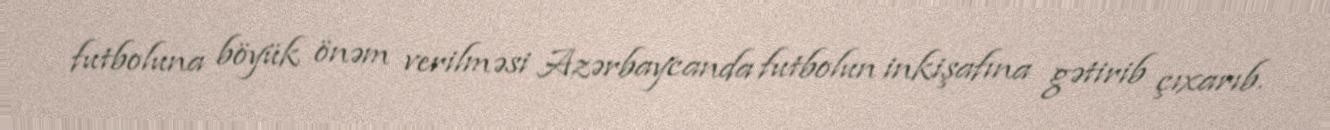
futboluna böyük önəm verilməsi Azərbaycanda futbolun inkişafına gətirib çıxarıb.